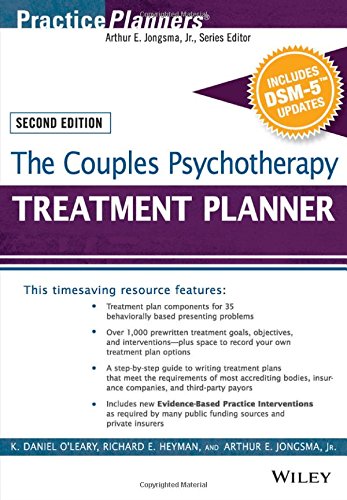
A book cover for The Couples Psychotherapy Treatment Planner, with DSM-5 Updates, 2nd Edition (PracticePlanners); K. Daniel O'Leary; Medical Books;